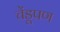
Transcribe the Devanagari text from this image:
चेंडूपण